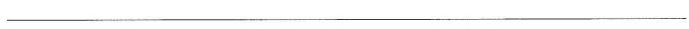
___